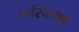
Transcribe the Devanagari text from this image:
कस्किश्रव